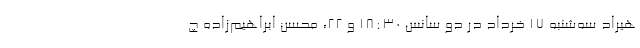
هیراد سه‌شنبه ۱۷ خرداد در دو سانس ۱۸:۳۰ و ۲۲، محسن ابراهیم‌زاده چ